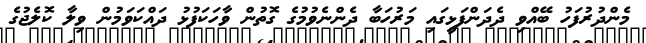
މެންދުރުފަހު ބޭއްވި ދެދަންފަޅީގައި މަރުހަބާ ދެންނެވުމުގެ ގޮތުން ވާހަކަފުޅު ދައްކަވަމުން ވިލާ ކޮލެޖުގެ